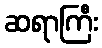
ဆရာကြီး